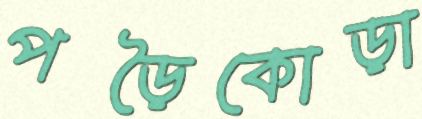
পড়ৈকোড়া